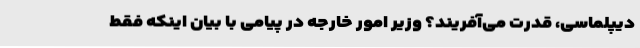
دیپلماسی، قدرت می‌آفریند؟ وزیر امور خارجه در پیامی با بیان اینکه فقط